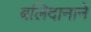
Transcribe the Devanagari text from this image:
बलिदानाने